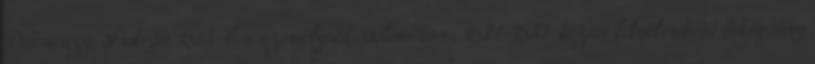
Perneszy, András 1564-ben személynöki ítélőmester, 1581-1587 között felsőlendvai főkapitány